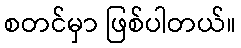
စတင်မှာ ဖြစ်ပါတယ်။